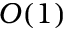
O ( 1 )